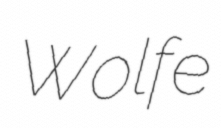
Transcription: Wolfe